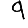
Digit: 9